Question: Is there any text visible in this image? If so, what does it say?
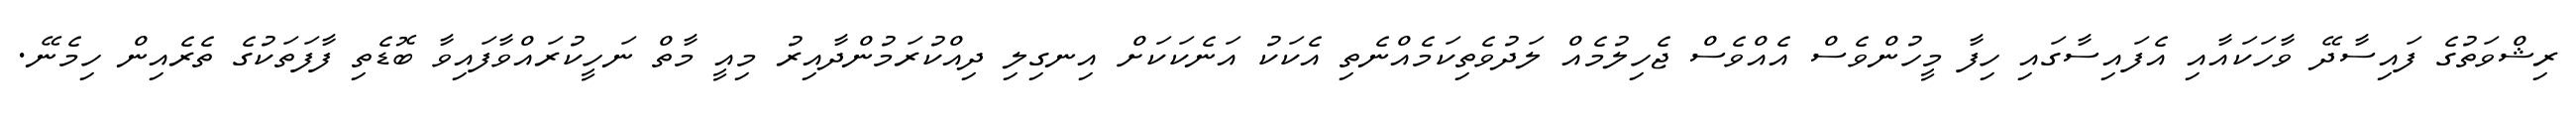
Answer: ރިޝްވަތުގެ ފައިސާދޭ ވާހަކައާއި އެފައިސާގައި ހިފާ މީހުންވެސް އެއްވެސް ޖެހިލުމެއް ލަދުވެތިކަމެއްނެތި އެކަކު އަނެކަކަށް އިނގިލި ދިއްކުރަމުންދާއިރު މިއީ މާތް ނަހީކުރައްވާފައިވާ ބޮޑެތި ފާފަތަކުގެ ތެރެއިން ހިމެނޭ.